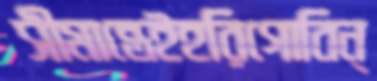
সীমান্তেইহরিগোবিন্